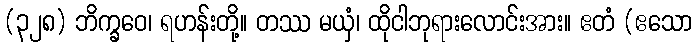
(၃၂၈) ဘိက္ခဝေ၊ ရဟန်းတို့။ တဿ မယှံ၊ ထိုငါဘုရားလောင်းအား။ ဧတံ (ဧသော